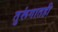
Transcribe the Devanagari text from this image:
तुरूंगातही